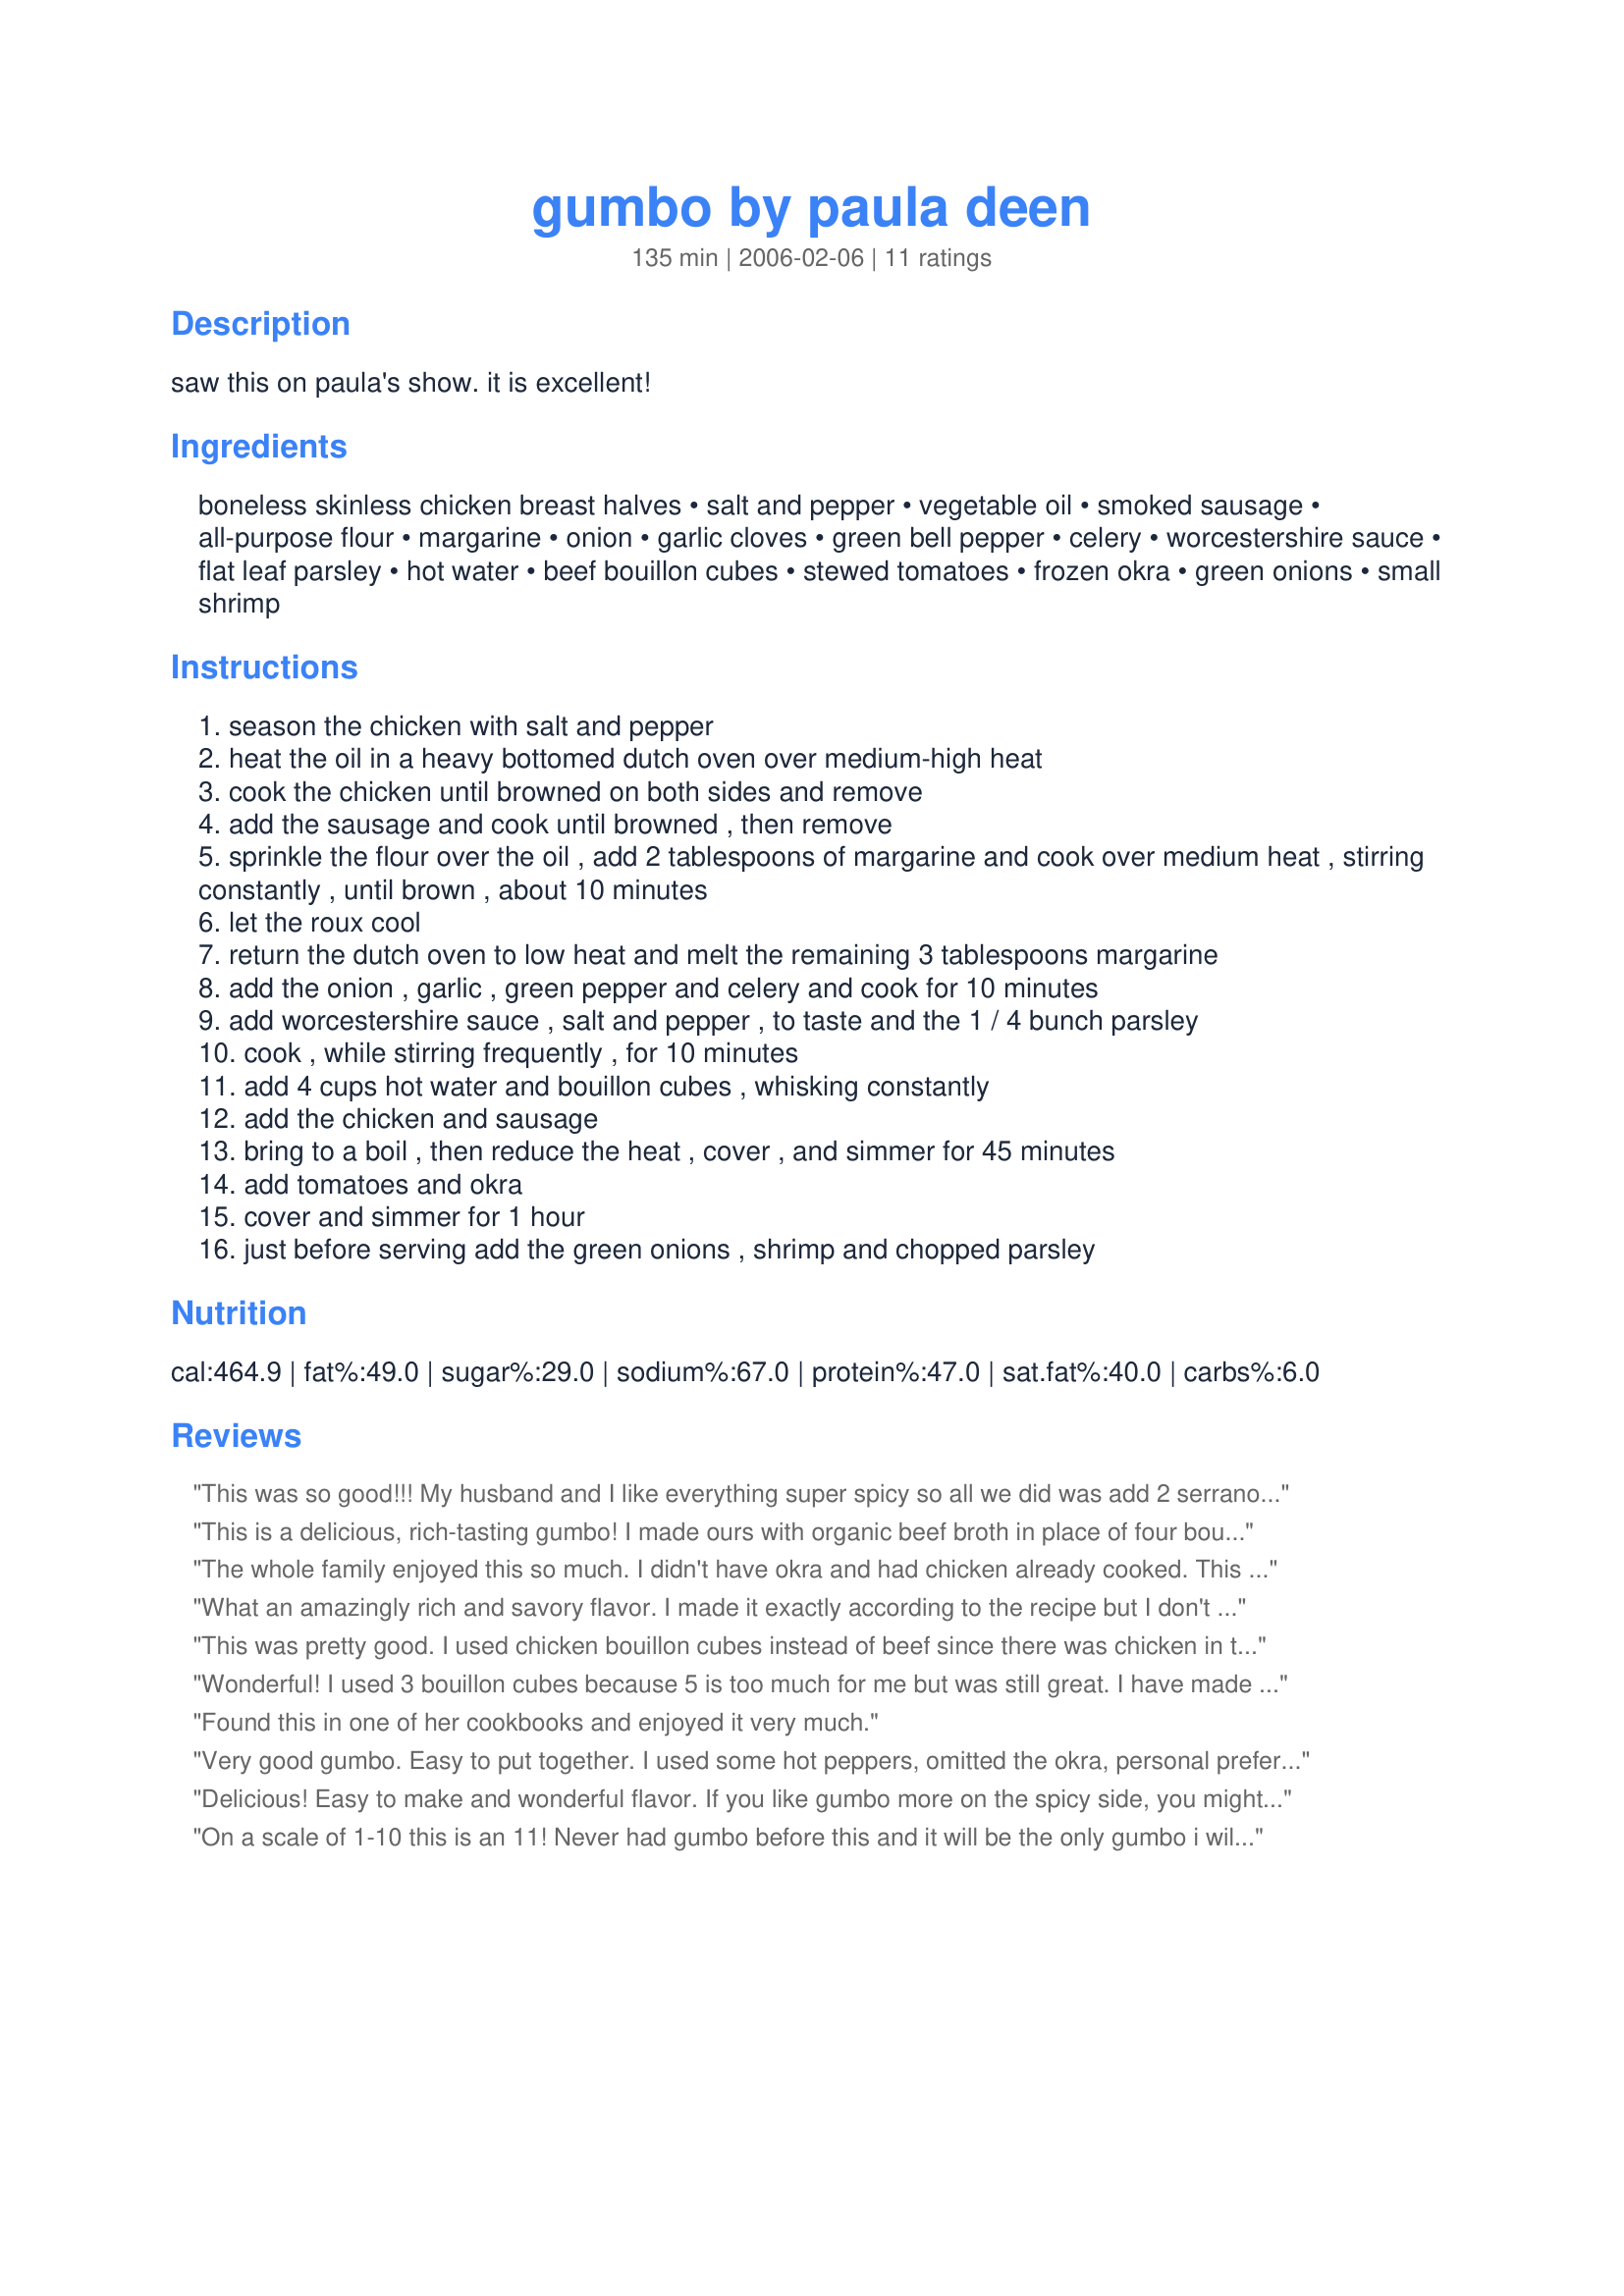
gumbo by paula deen
Preparation time: 135 minutes

saw this on paula's show. it is excellent!

Ingredients:
boneless skinless chicken breast halves, salt and pepper, vegetable oil, smoked sausage, all-purpose flour, margarine, onion, garlic cloves, green bell pepper, celery, worcestershire sauce, flat leaf parsley, hot water, beef bouillon cubes, stewed tomatoes, frozen okra, green onions, small shrimp

Steps:
season the chicken with salt and pepper
heat the oil in a heavy bottomed dutch oven over medium-high heat
cook the chicken until browned on both sides and remove
add the sausage and cook until browned , then remove
sprinkle the flour over the oil , add 2 tablespoons of margarine and cook over medium heat , stirring constantly , until brown , about 10 minutes
let the roux cool
return the dutch oven to low heat and melt the remaining 3 tablespoons margarine
add the onion , garlic , green pepper and celery and cook for 10 minutes
add worcestershire sauce , salt and pepper , to taste and the 1 / 4 bunch parsley
cook , while stirring frequently , for 10 minutes
add 4 cups hot water and bouillon cubes , whisking constantly
add the chicken and sausage
bring to a boil , then reduce the heat , cover , and simmer for 45 minutes
add tomatoes and okra
cover and simmer for 1 hour
just before serving add the green onions , shrimp and chopped parsley

Reviews:
This was so good!!! My husband and I like everything super spicy so all we did was add 2 serranos and 2 jalapenos. We will be making this again!!!
This is a delicious, rich-tasting gumbo! I made ours with organic beef broth in place of four bouillon cubes and water. The only thing I might do differently would be to add another 1/2 lb. of shrimp, but we thoroughly enjoyed this.
The whole family enjoyed this so much. I didn't have okra and had chicken already cooked. This was wonderful and I'll be using it in the future, thank you!
What an amazingly rich and savory flavor. I made it exactly according to the recipe but I don't think the roux was a necessary step. I served the bottle of hot sauce at the table so each person could suit their own heat level. Everyone else ate it with rice and raved about it. I, being diabetic, skipped the rice and raved about it. Very satisfying!
This was pretty good. I used chicken bouillon cubes instead of beef since there was chicken in the dish. All that butter scared me, but it did make for a rich tasty soup! I added 3/4 cup of rice during last 20 minutes of cooking because it was way soupier than my DH would have liked. We ate it with crusty garlic bread. Yum!
Wonderful! I used 3 bouillon cubes because 5 is too much for me but was still great. I have made many good gumbos but this is the best by far. You go Paula!
Found this in one of her cookbooks and enjoyed it very much.
Very good gumbo. Easy to put together. I used some hot peppers, omitted the okra, personal preference. I did not have any shrimp, but it was still delicious. Made for Hail to the Chefs.
Delicious! Easy to make and wonderful flavor. If you like gumbo more on the spicy side, you might want to add a few drops of hot sauce, but it's flavorful without it. Even better the second day! Thanks for sharing!
On a scale of 1-10 this is an 11! Never had gumbo before this and it will be the only gumbo i will ever eat!
This was very good gumbo. My DH really liked the shrimp in it. Will make again soon. Thanks for posting.
